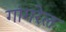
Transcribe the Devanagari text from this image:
गांगरेल